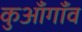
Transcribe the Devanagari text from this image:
कुआँगाँव